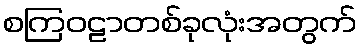
စကြဝဠာတစ်ခုလုံးအတွက်